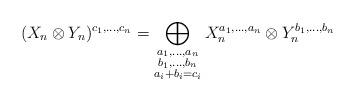
LaTeX: \begin{align*}(X_n\otimes Y_n)^{c_1,\dots,c_n}=\bigoplus_{\substack{{a_1,\dots,a_n}\\{b_1,\dots,b_n}\\{a_i+b_i=c_i}}}X_n^{a_1,\dots,a_n}\otimes Y_n^{b_1,\dots,b_n}\end{align*}